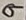
Text: 9